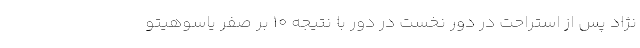
نژاد پس از استراحت در دور نخست در دور با نتیجه ۱۰ بر صفر یاسوهیتو